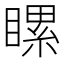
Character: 𥉹